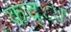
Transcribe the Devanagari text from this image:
कद्ा